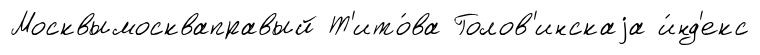
Москвымоскваправый Т'ито́ва Голов'инскаjа и́нд'екс